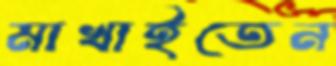
মাখাইতেন